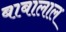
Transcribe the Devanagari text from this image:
बाबालाल